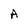
Character: A